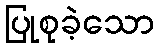
ပြုစုခဲ့သော